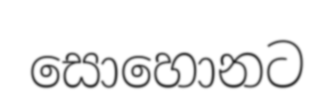
සොහොනට